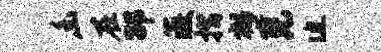
幽在劭薇摺郁克迫